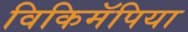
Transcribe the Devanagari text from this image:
विकिमॅपिया